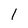
Character: 1